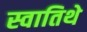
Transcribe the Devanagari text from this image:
स्वातिथे